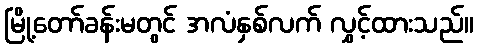
မြို့တော်ခန်းမတွင် အလံနှစ်လက် လွှင့်ထားသည်။